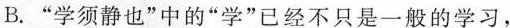
B.”学须静也”中的”学”已经不只是一般的学习，